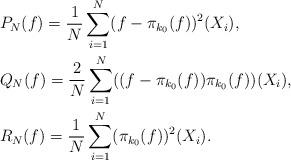
LaTeX: \begin{align*}& P_N(f)=\frac{1}{N}\sum^N_{i=1}(f-\pi_{k_0}(f))^2(X_i),\\& Q_N(f)=\frac{2}{N}\sum^{N}_{i=1}((f-\pi_{k_0}(f))\pi_{k_0}(f))(X_i), \\& R_N(f)=\frac{1}{N}\sum^N_{i=1}(\pi_{k_0}(f))^2(X_i).\end{align*}